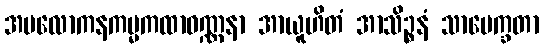
အပလောကနကမ္မကထာဝဏ္ဏနာ အာယူဟိတံ အာသိဉ္စနံ သာပေက္ခတာ